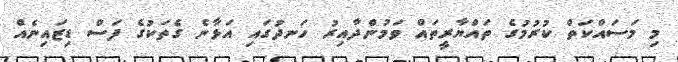
މި މަސައްކަތް ކުރުމުގެ ތައްޔާރީތައް ވަމުންދާއިރު ހަނދުގައި އަޅާނެ ގެތަކުގެ ފަސް ޑިޒައިނެއް